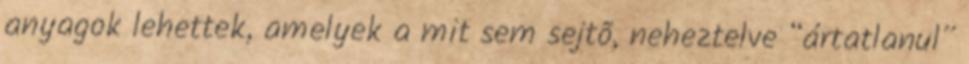
anyagok lehettek, amelyek a mit sem sejtõ, neheztelve “ártatlanul”